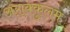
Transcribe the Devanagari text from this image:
अराक्कुलम